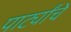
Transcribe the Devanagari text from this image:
पार्ट्यांचे